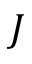
J